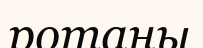
ротаны